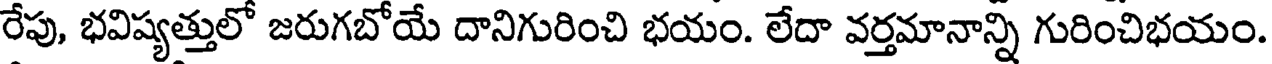
రేపు, భవిష్యత్తులో జరుగబోయే దానిగురించి భయం. లేదా వర్తమానాన్ని గురించిభయం.